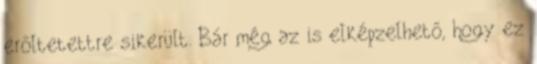
erőltetettre sikerült. Bár még az is elképzelhető, hogy ez